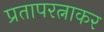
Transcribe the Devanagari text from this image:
प्रतापरत्नाकर